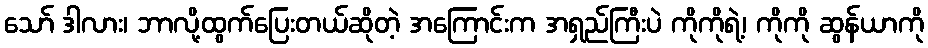
သော် ဒါလား၊ ဘာလို့ထွက်ပြေးတယ်ဆိုတဲ့ အကြောင်းက အရှည်ကြီးပဲ ကိုကိုရဲ့၊ ကိုကို ဆွန်ယာကို